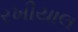
રખીયાલ